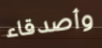
وأصدقاء